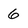
Character: 6